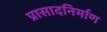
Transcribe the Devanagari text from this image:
प्रासादनिर्माण